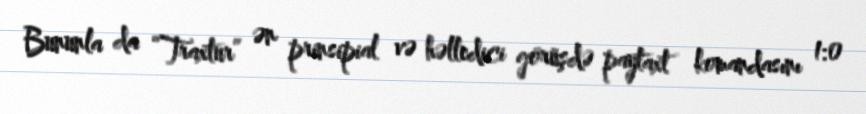
Bununla da “Traxtur” ən prinsipial və həlledici görüşdə paytaxt komandasını 1:0